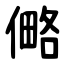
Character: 㑼